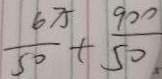
\frac { 6 7 5 } { 5 0 } + \frac { 9 0 0 } { 5 0 }